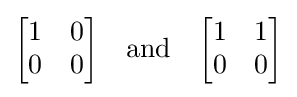
{\begin{bmatrix}1&0\\0&0\end{bmatrix}}\quad {\text{and}}\quad {\begin{bmatrix}1&1\\0&0\end{bmatrix}}